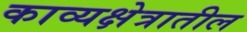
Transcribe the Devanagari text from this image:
काव्यक्षेत्रातील